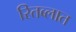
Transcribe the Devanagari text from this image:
रितब्लात